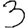
Digit: 3